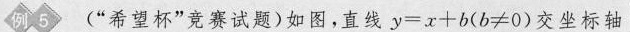
例5 (”希望杯”竞赛试题)如图。直线$$y = x + b ( b ≠ 0 )$$交坐标轴